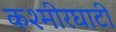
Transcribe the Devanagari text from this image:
कश्मीरघाटी